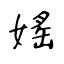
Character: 媱